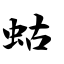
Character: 蛄